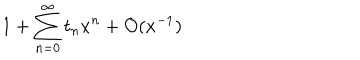
LaTeX: 1 + \sum _ { n = 0 } ^ { \infty } t _ { n } x ^ { n } + { \cal O } ( x ^ { - 1 } )